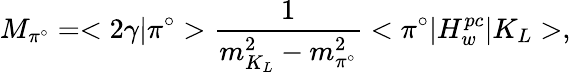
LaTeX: M_{\pi^{\circ}}=<2\gamma|\pi^{\circ}>\frac{1}{m_{K_{L}}^{2}-m_{\pi^{\circ}}^{2}}<\pi^{\circ}|H_{w}^{pc}|K_{L}>,